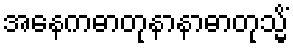
အနေကဓာတုနာနာဓာတုသ္မိံ